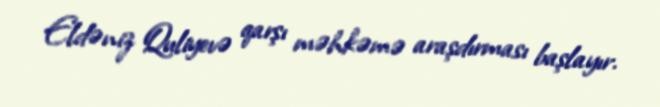
Eldəniz Quliyevə qarşı məhkəmə araşdırması başlayır.